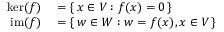
\begin{array} { r l } { \ker ( f ) } & { { } = \{ \, x \in V : f ( x ) = 0 \, \} } \\ { \operatorname { i m } ( f ) } & { { } = \{ \, w \in W : w = f ( x ) , x \in V \, \} } \end{array}